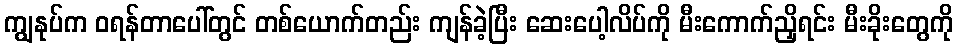
ကျွနုပ်က ဝရန်တာပေါ်တွင် တစ်ယောက်တည်း ကျန်ခဲ့ပြီး ဆေးပေါ့လိပ်ကို မီးကောက်ညှိရင်း မီးခိုးတွေကို